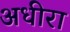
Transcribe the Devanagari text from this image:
अधीरा